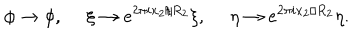
LaTeX: \phi \rightarrow \phi , ~ ~ \xi \rightarrow e ^ { 2 \pi i x _ { 2 } / R _ { 2 } } \xi , ~ ~ \eta \rightarrow e ^ { 2 \pi i x _ { 2 } / R _ { 2 } } \eta .